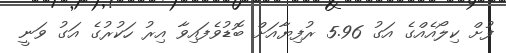
ފުށް ކިލޯއެއްގެ އަގު 5.96 ރުފިޔާއަށް ބޮޑުވެފައިވާ އިރު ހަކުރުގެ އަގު ވަނީ